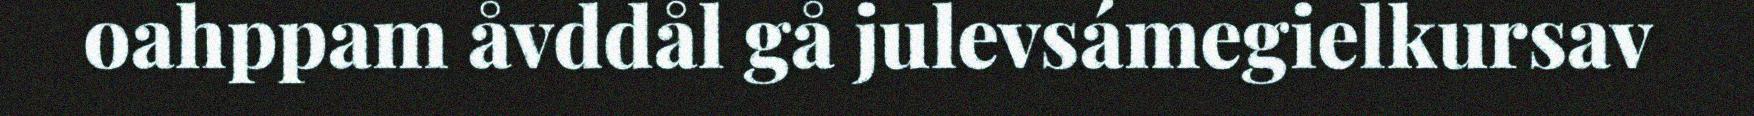
oahppam åvddål gå julevsámegielkursav